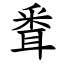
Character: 䎹